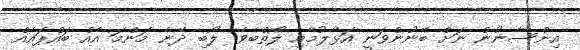
އިންސާނުން ނަށް ބޭނުންވަނީ އަޅާލުމާއި ލޯތްބެވެ. ލޯބި ދޭނެ މަންމަ އެއް ބައްޕައެއް